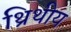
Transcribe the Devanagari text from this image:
थ्रिथीय